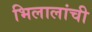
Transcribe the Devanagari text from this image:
भिलालांची